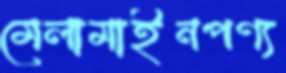
মেলামাইনপণ্য